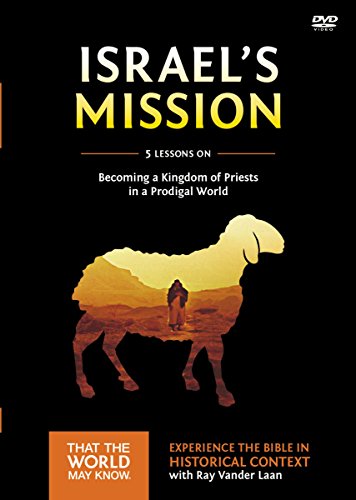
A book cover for Israel's Mission: A DVD Study: A Kingdom of Priests in a Prodigal World (That the World May Know); Ray Vander Laan; Christian Books & Bibles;